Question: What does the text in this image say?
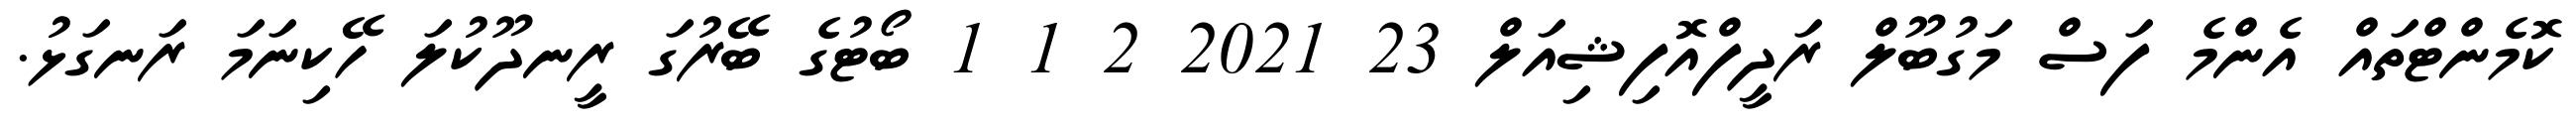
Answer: ކޮމެންޓްތައް އެންމެ ފަސް މަގުބޫލް ރަދީފްއޮފިޝިއަލް 23 2021 2 1 1 ބޯޓުގެ ބޭރުގަ ރީނދޫކުލަ ހޭކިނަމަ ރަނގަޅު.